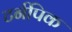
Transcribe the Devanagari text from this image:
टर्नपिक